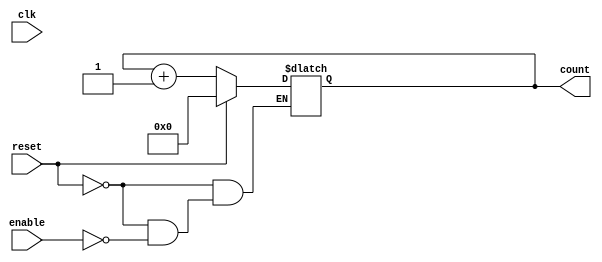
module dynamic_asynchronous_counter (
    input wire clk,          // Clock input (not used for counting in this case)
    input wire enable,       // Enable signal to allow counting
    input wire reset,        // Asynchronous reset signal
    output reg [3:0] count   // 4-bit output count
);

// Asynchronous reset and counting logic
always @(*) begin
    if (reset) begin
        count = 4'b0000;    // Reset count to zero
    end else if (enable) begin
        count = count + 1;  // Increment count
    end
end

endmodule